Leaving Certificate Examination, 1922
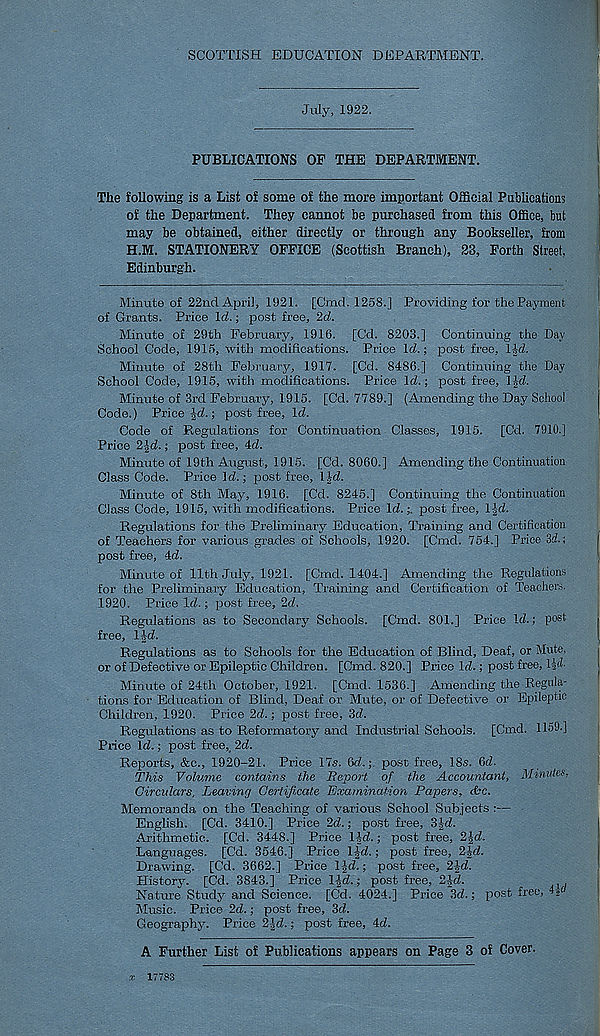
SCOTTISH EDUCATION DEPARTMENT.
July, 1922.
PUBLICATIONS OF THE DEPARTMENT.
The following is a List of some of the more important Official Publications
of the Department. They cannot be purchased from this Office, but
may be obtained, either directly or through any Bookseller, from
H.M. STATIONERY OFFICE (Scottish Branch), 23, Forth Street,
Edinburgh.
Minute of 22nd April, 1921. [Cnad. 1258.] Pi’oviding for the Payment
of Grants. Price Id.; post free, 2d.
Minute of 29th February, 1916. [Cd. 8203.] Continuing the Day
School Code, 1915, with modifications. Price Id.; post free, lid.
Minute of 28th February, 1917. [Cd. 8486.] Continuing the Day
School Code, 1915, with modifications. Price Id.; post free, lid.
Minute of 3rd February, 1915. [Cd. 7789.] (Amending the Day School
Code.) Price-Jd.; post free, Id.
Code of Regulations for Continuation Classes, 1915. [Cd. 7910.]
Price 2ld.; post free, 4d.
Minute of 19th August, 1915. [Cd. 8060.] Amending the Continuation
Class Code. Price Id.; post free, lid.
Minute of 8th May, 1916. [Cd. 8245.] Continuing the Continuation
Class Code, 1915, with modifications. Price Id.;, post free, l-Jd.
Regulations for the Preliminary Education, Training and Certification
of Teachers for various grades of Schools, 1920. [Cmd. 754.] Price 3d.;
post free, 4d.
Minute of 11th July, 1921. [Cmd. 1404.] Amending the Regulations
for the Preliminary Education, Training and Certification of Teachers.
1920. Price Id.; post free, 2d.
Regulations as to Secondary Schools. [Cmd. 801.] Price Id.; post
free, l^d.
Regulations as to Schools for the Education of Blind, Deaf, or Mute,
or of Defective or Epileptic Children. [Cmd. 820.] Price Id.; post free, Hd-
Minute of 24th October, 1921. [Cmd. 1536.] Amending the Regula-
tions for Education of Blind, Deaf or Mute, or of Defective or Epileptic
Children, 1920. Price 2d.; post free, 3d.
Regulations as to Reformatory and Industrial Schools. [Cmd. 1159.]
Price Id.; post free,, 2d.
Reports, &c., 1920-21. Price 17s. 6d.; post free, 18s. 6d.
This Volume contains the Report of the Accountant, Minutes,
Circulars, Leaving Certificate Examination Papers, &c.
Memoranda on the Teaching of various School Subjects :—
English. [Cd. 3410.] Price 2d.; post free, 3Jd.
Arithmetic. [Cd. 3448.] Price lid.; post free, 2|d.
Languages. [Cd. 3546.] Price ijd.; post free, 2Jd.
Drawing. [Cd. 3662.] Price lid.; post free, 21d.
History. [Cd. 3843.] Price lid.; post free, 2Id.
Nature Study and Science. [Cd. 4024.] Price 3d.; post free,
Music. Price 2d.; post free, 3d.
Geography. Price 2!d.; post free, 4d.
A Further List of Publications appears on Page 3 of Cover.
x 17783